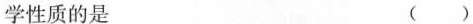
学性质的是 ( )